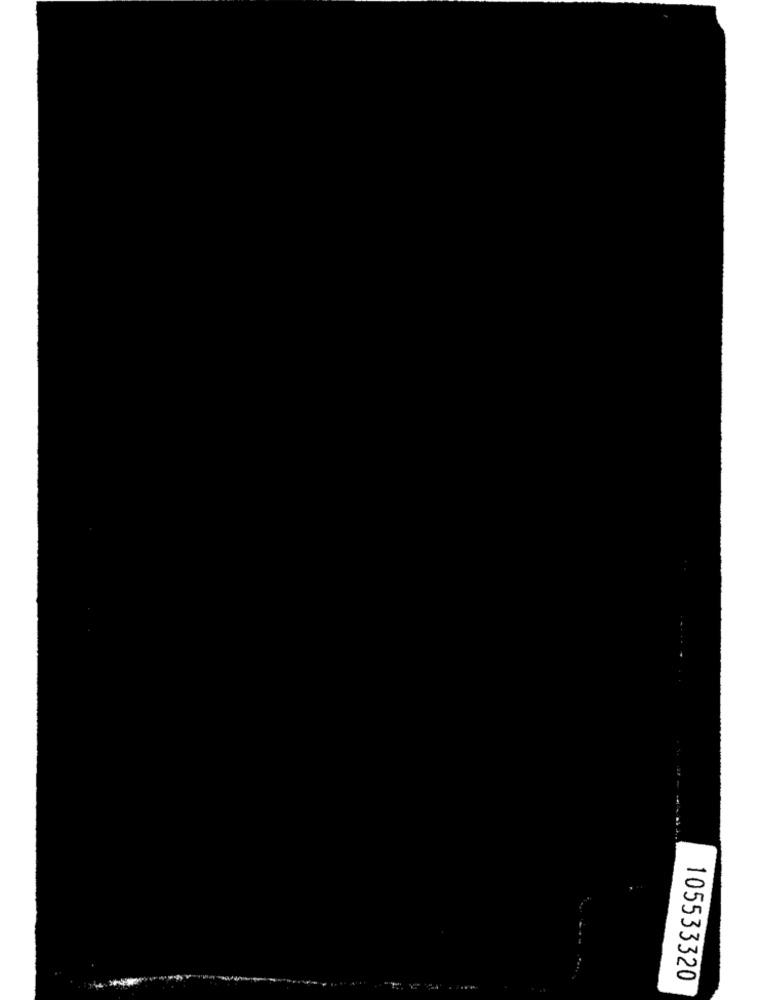
......
105533320